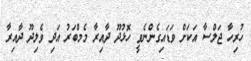
ހުރިހާ ޖަލްސާ އަކަށް ވަޑައިގެންނެވީ ހޮޅުދޫ ދާއިރާ މެމްބަރު އަދި ވެލިދޫ ދާއިރާ